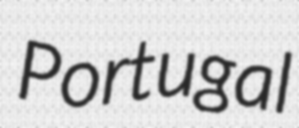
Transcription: Portugal